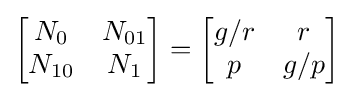
{\begin{bmatrix}{\begin{matrix}N_{0}&N_{01}\\N_{10}&N_{1}\end{matrix}}\end{bmatrix}}={\begin{bmatrix}{\begin{matrix}g/r&r\\p&g/p\end{matrix}}\end{bmatrix}}